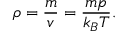
\rho = { \frac { m } { v } } = { \frac { m p } { k _ { B } T } } .